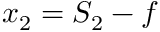
x _ { 2 } = S _ { 2 } - f